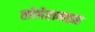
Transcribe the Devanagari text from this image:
लोपेरामाइड